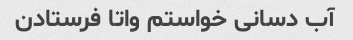
آب دسانی خواستم واتا فرستادن